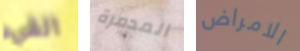
القيء المدمرة الامراض